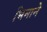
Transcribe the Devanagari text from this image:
भिमानेे